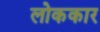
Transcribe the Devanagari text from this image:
लोककार